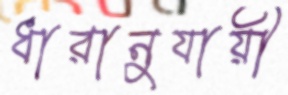
ধারানুযায়ী